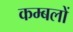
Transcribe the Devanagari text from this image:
कम्बलों